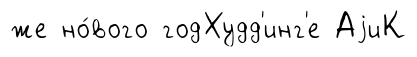
же но́вого годХудд'инг'е АjиК